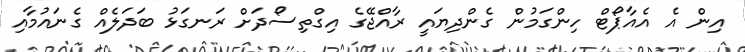
އިން އެ އެއާޕޯޓް ހިންގަމުން ގެންދިޔައީ ރާއްޖޭގެ އިގްތިސޯދަށް ރަނގަޅު ބަދަލެއް ގެނައުމާއި